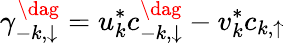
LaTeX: \gamma_{-k,\downarrow}^{\dag}=u_{k}^{*}c_{-k,\downarrow}^{\dag}-v_{k}^{*}c_{k,\uparrow}